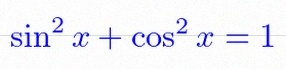
\sin^2x+\cos^2x=1